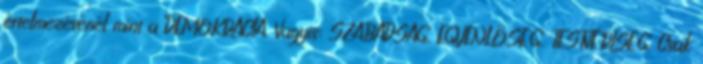
értelmezésénél mint a DEMOKRÁCIA. Vagyis: SZABADSÁG, EGYENLŐSÉG, TESTVÉRISÉG. Csak